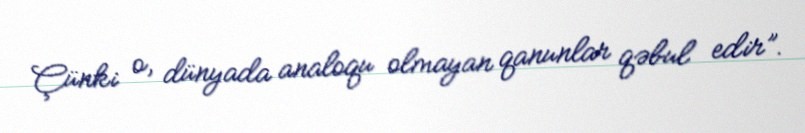
Çünki o, dünyada analoqu olmayan qanunlar qəbul edir”.